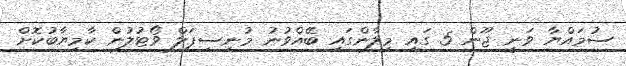
ސުމައްޔާ ވަނީ ޖޫން 5 ގައި މިލާންގައި ބޭއްވުނު މުނިސިޕަލް ވޯޓުލުން ކާމިޔާބުކޮށް